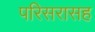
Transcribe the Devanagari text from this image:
परिसरासह